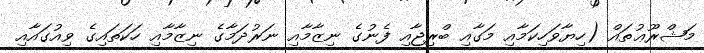
މަޝްރޫޢުތައް (ހިޔާވަހިކަމާއި މަގާއި ބްރިޖާއި ފެނުގެ ނިޒާމާއި ނަރުދަމާގެ ނިޒާމާއި ހަކަތައިގެ ވިއުގައާއި